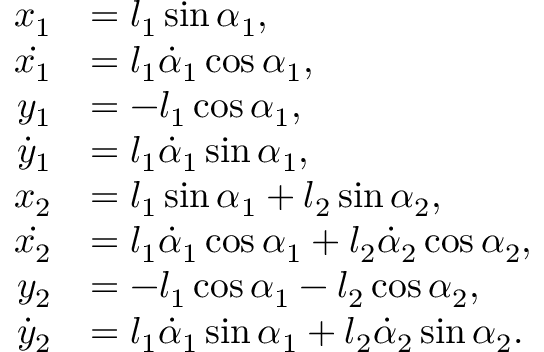
\begin{array} { r l } { x _ { 1 } } & { = l _ { 1 } \sin \alpha _ { 1 } , } \\ { \dot { x _ { 1 } } } & { = l _ { 1 } \dot { \alpha } _ { 1 } \cos \alpha _ { 1 } , } \\ { y _ { 1 } } & { = - l _ { 1 } \cos \alpha _ { 1 } , } \\ { \dot { y } _ { 1 } } & { = l _ { 1 } \dot { \alpha } _ { 1 } \sin \alpha _ { 1 } , } \\ { x _ { 2 } } & { = l _ { 1 } \sin \alpha _ { 1 } + l _ { 2 } \sin \alpha _ { 2 } , } \\ { \dot { x _ { 2 } } } & { = l _ { 1 } \dot { \alpha } _ { 1 } \cos \alpha _ { 1 } + l _ { 2 } \dot { \alpha } _ { 2 } \cos \alpha _ { 2 } , } \\ { y _ { 2 } } & { = - l _ { 1 } \cos \alpha _ { 1 } - l _ { 2 } \cos \alpha _ { 2 } , } \\ { \dot { y } _ { 2 } } & { = l _ { 1 } \dot { \alpha } _ { 1 } \sin \alpha _ { 1 } + l _ { 2 } \dot { \alpha } _ { 2 } \sin \alpha _ { 2 } . } \end{array}